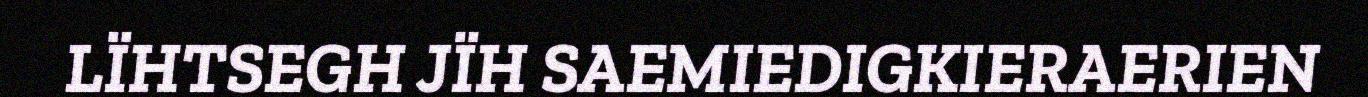
LÏHTSEGH JÏH SAEMIEDIGKIERAERIEN